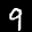
Label: 9